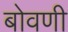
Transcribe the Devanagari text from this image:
बोवणी